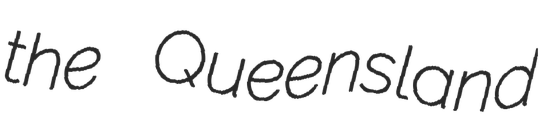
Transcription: the Queensland